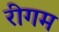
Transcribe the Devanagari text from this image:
रीगम